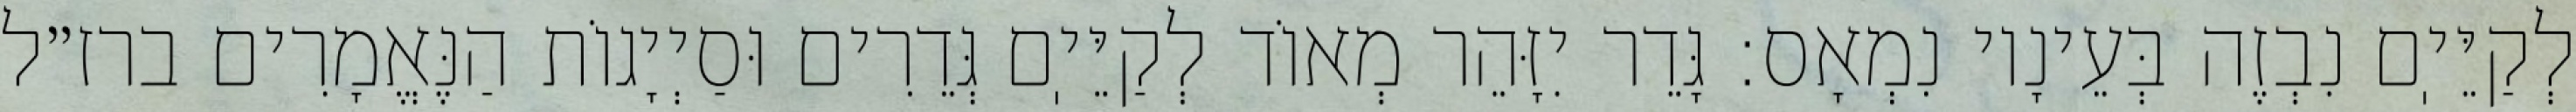
לְקַיֵּיֽם נִבְזֶה בְּעֵינָיו נִמְאָס: גָּדֵר יִזָּהֵר מְאוֹד לְקַיֵּיֽם גְּדֵרִים וּסַיְיָגוֹת הַנֶּאֱמָרִים ברז״ל